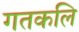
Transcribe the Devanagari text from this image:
गतकलि